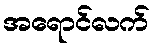
အရောင်လက်